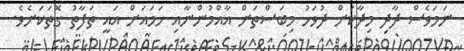
ނަމަވެސް ދާދި މިދާކަށް ދުވަހު މިބަސްތަށް އާއްމުންނާއި ހަމައަށް އައީ ތަފާތު ގޮތަކަށެވެ.